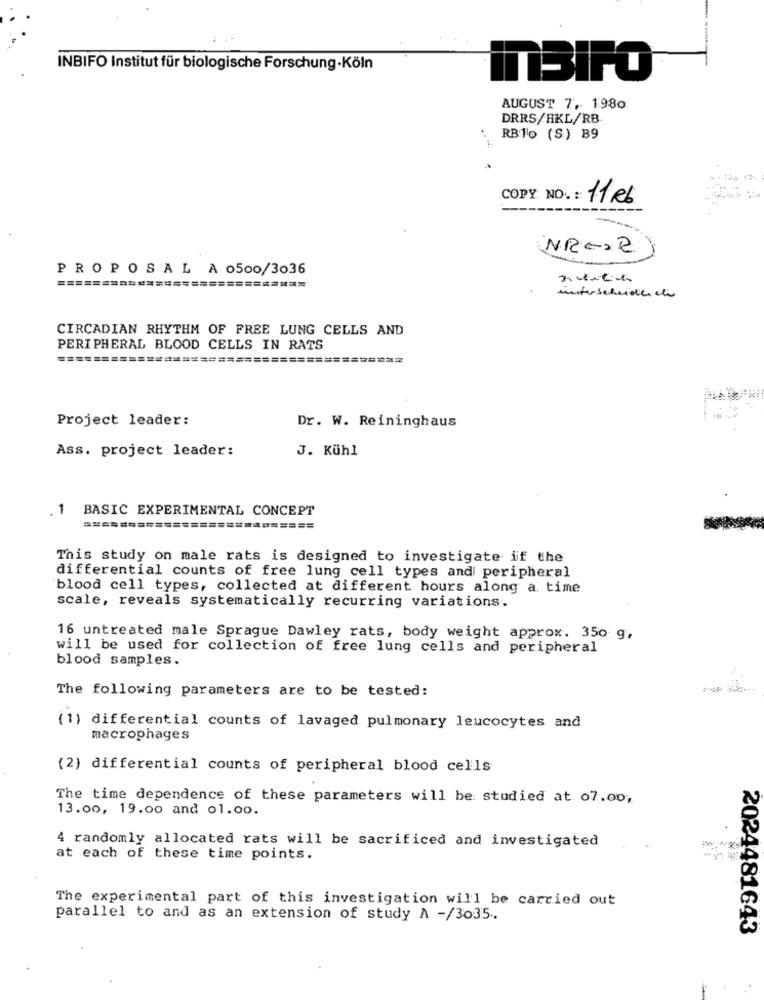
INBIFO Institut für biologische Forschung-Köln
TTBIPO
AUGUST 7, 1980
DRRS/HKL/RB
RB10 (S) B9
11kb
NR =>2
PROPOSAL A 0500/3036
masterscheiden che
CIRCADIAN RHYTHM OF FREE LUNG CELLS AND
PERIPHERAL BLOOD CELLS IN RATS
============================
Project leader:
Dr. W. Reininghaus
Ass. project leader:
J. Kühl
. 1 BASIC EXPERIMENTAL CONCEPT
This study on male rats is designed to investigate if the
differential counts of free lung cell types and peripheral
blood cell types, collected at different hours along a. time
scale, reveals systematically recurring variations.
16 untreated male Sprague Dawley rats, body weight approx. 350 g,
will be used for collection of free lung cells and peripheral
blood samples.
The following parameters are to be tested:
(1) differential counts of lavaged pulmonary leucocytes and
macrophages
(2) differential counts of peripheral blood cells
The time dependence of these parameters will be studied at. 07.00;
13.00, 19.00 and 01.00.
4 randomly allocated rats will be sacrificed and investigated
at each of these time points.
The experimental part of this investigation will be carried out
parallel to and as an extension of study A -/3035 ..
2024481643